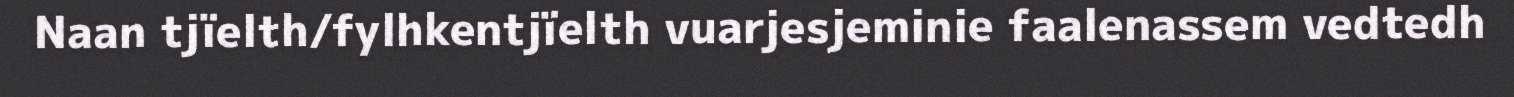
Naan tjïelth/fylhkentjïelth vuarjesjeminie faalenassem vedtedh